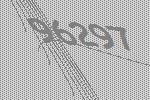
96297